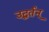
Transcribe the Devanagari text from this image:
उद्धर्तन्